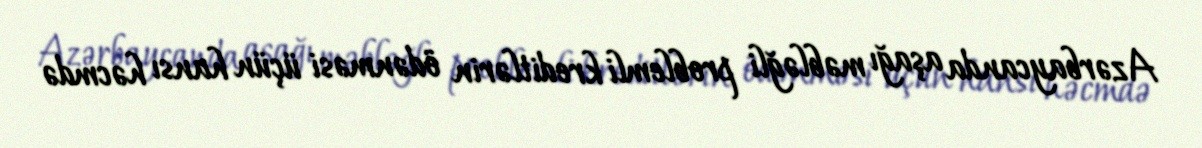
Azərbaycanda aşağı məbləğli problemli kreditlərin ödənməsi üçün hansı həcmdə